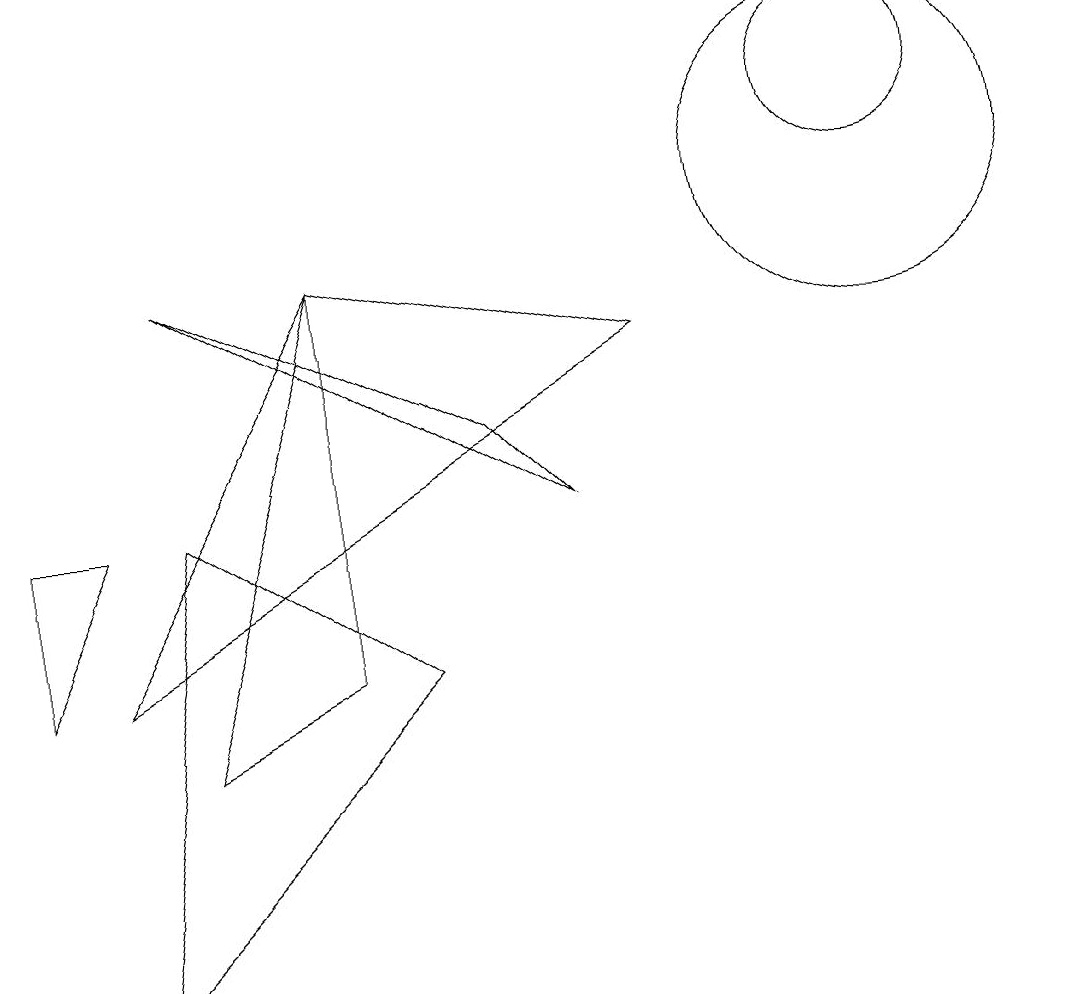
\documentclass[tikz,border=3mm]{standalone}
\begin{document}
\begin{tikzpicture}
\draw (8,8) -- (1,4) -- (4,9) -- cycle;
\draw (11,11) circle (1);
\draw (2,6) -- (1,0) -- (5,4) -- cycle;
\draw (2,9) -- (7,6) -- (6,7) -- cycle;
\draw (1,6) -- (0,4) -- (0,6) -- cycle;
\draw (11,10) circle (2);
\draw (4,9) -- (4,4) -- (2,3) -- cycle;
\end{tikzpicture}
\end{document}